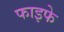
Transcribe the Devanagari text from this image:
फाइफे